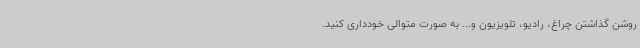
روشن گذاشتن چراغ، رادیو، تلویزیون و... به صورت متوالی خودداری کنید.